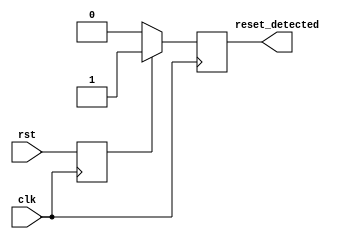
module reset_detector (
    input wire clk,                // System clock
    input wire rst,                // Reset signal
    output reg reset_detected      // Output signal indicating reset state
);

// Internal register to hold the last known state of the reset signal
reg rst_reg;

// Synchronous logic to capture the reset signal on the rising edge of the clock
always @(posedge clk) begin
    // Capture the reset signal
    rst_reg <= rst;
    
    // Set the reset_detected output based on the captured reset signal
    if (rst_reg) begin
        reset_detected <= 1'b1; // Set high when reset is active
    end else begin
        reset_detected <= 1'b0; // Set low when reset is inactive
    end
end

endmodule